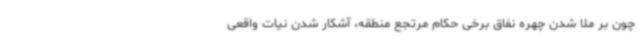
چون بر ملا شدن چهره نفاق برخی حکام مرتجع منطقه، آشکار شدن نیات واقعی